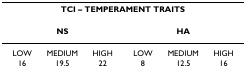
<table><thead><tr><td colspan="6"><b>TCI – TEMPERAMENT TRAITS</b></td></tr></thead><tbody><tr><td colspan="3"><b>NS</b></td><td colspan="3"><b>HA</b></td></tr><tr><td>LOW</td><td>MEDIUM</td><td>HIGH</td><td>LOW</td><td>MEDIUM</td><td>HIGH</td></tr><tr><td>16</td><td>19.5</td><td>22</td><td>8</td><td>12.5</td><td>16</td></tr></tbody></table>